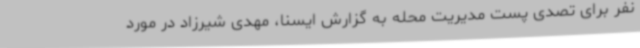
نفر برای تصدی پست مدیریت محله به گزارش ایسنا، مهدی شیرزاد در مورد